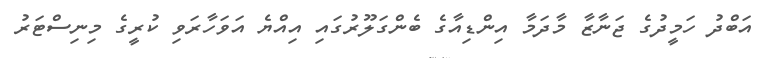
އަބްދު ހަމީދުގެ ޖަނާޒާ މާދަމާ އިންޑިއާގެ ބެންގަލޫރުގައި އިއްޔެ އަވަހާރަވި ކުރީގެ މިނިސްޓަރު